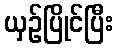
ယှဉ်ပြိုင်ပြီး